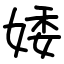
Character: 婑